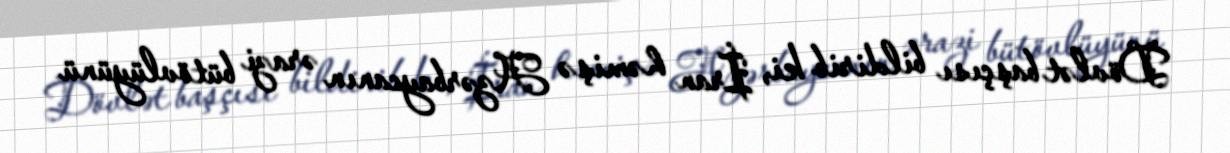
Dövlət başçısı bildirib ki, İran həmişə Azərbaycanın ərazi bütövlüyünü